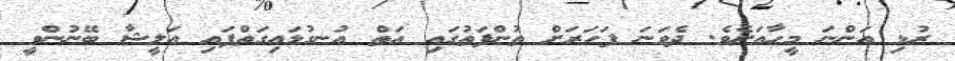
ރުޅި އަންނަ މީހާއަށެވެ. ދެވަނަ ފަހަރަށް ތުންފަތުގައި އަތް އުނގުޅައިގަތްފައި އަލީޝާ ބޭނުންވީ